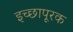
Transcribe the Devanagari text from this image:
इच्छापूरक